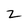
Character: z